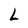
Character: L